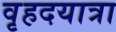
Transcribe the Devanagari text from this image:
वृहदयात्रा